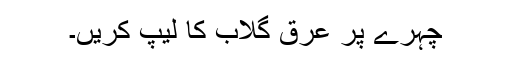
چہرے پر عرق گلاب کا لیپ کریں۔